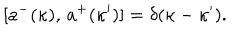
LaTeX: [ a ^ { - } ( \kappa ) , \, a ^ { + } ( \kappa ^ { \prime } ) ] = \delta ( \kappa - \kappa ^ { \prime } ) .